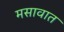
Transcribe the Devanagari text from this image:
मसावात